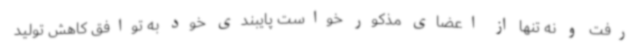
رفت و نه تنها از اعضای مذکور خواست پایبندی خود به توافق کاهش تولید